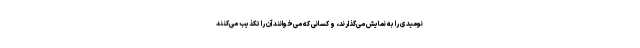
نومیدی را به نمایش می‌گذارند، و کسانی که می‌خوانند آن را تکذیب می‌کنند